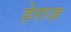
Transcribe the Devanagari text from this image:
हेराज़